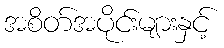
အစိတ်အပိုင်းများနှင့်